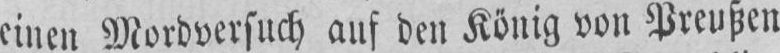
einen Mordversuch auf den König von Preußen